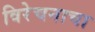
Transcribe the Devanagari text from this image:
विरेचनाचा